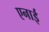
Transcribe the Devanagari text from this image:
एनाई